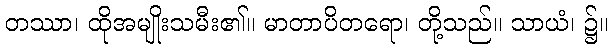
တဿာ၊ ထိုအမျိုးသမီး၏။ မာတာပိတရော၊ တို့သည်။ သာယံ၊ ၌။